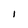
Character: l